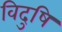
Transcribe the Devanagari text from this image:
विदुषि